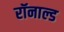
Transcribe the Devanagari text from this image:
रॉनाल्ड